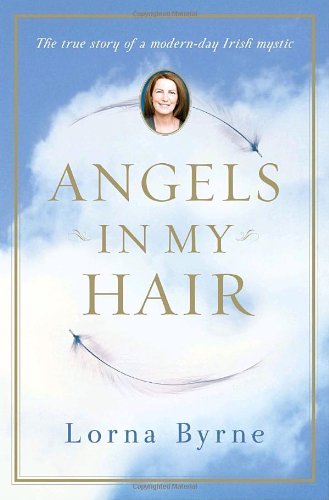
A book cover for Angels in My Hair; Lorna Byrne; Biographies & Memoirs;